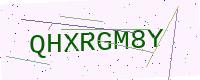
Text: QHXRGM8Y